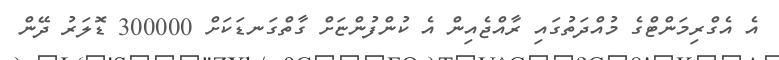
އެ އެގްރިމަންޓްގެ މުއްދަތުގައި ރާއްޖެއިން އެ ކުންފުންޏަށް ގާތްގަނޑަކަށް 300000 ޑޮލަރު ދޭން